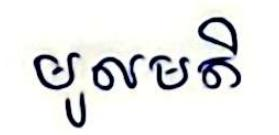
មូលមតិ